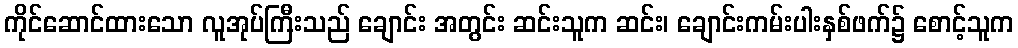
ကိုင်ဆောင်ထားသော လူအုပ်ကြီးသည် ချောင်း အတွင်း ဆင်းသူက ဆင်း၊ ချောင်းကမ်းပါးနှစ်ဖက်၌ စောင့်သူက